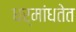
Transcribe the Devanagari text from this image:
धर्मांधतेत